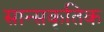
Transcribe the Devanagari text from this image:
सान्सकृतिक